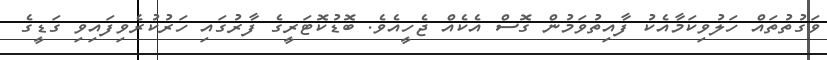
ވަގުތުތައް ހަލުވިކަމާއެކު ފާއިތުވަމުން ގޮސް އެކެއް ޖެހީއެވެ. ބޮޑުކޮޓަރީގެ ފާރުގައި ހަރުކުރެވިފައިވި ގަޑީގެ